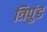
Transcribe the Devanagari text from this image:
त्रिपुंड